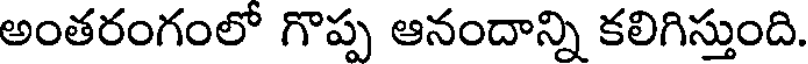
అంతరంగంలో గొప్ప ఆనందాన్ని కలిగిస్తుంది.